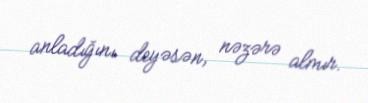
anladığını deyəsən, nəzərə almır.